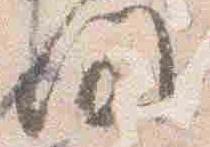
間